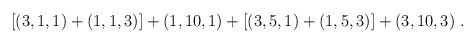
\begin{align*}[(3,1,1)+(1,1,3)]+(1,10,1)+[(3,5,1)+(1,5,3)]+(3,10,3)\ .\end{align*}